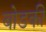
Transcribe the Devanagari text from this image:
बोडकी